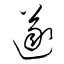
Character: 遂